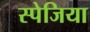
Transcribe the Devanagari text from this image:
स्पेजिया